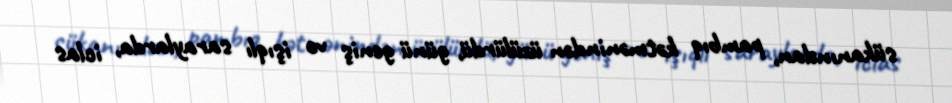
sükanından, pambıq kətmənindən üzülürdü, günü geniş və işıqlı saraylarda, iclas